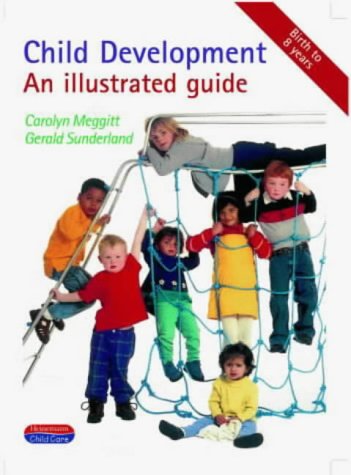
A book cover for Child Development: An Illustrated Guide; Carolyn Meggitt; Parenting & Relationships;